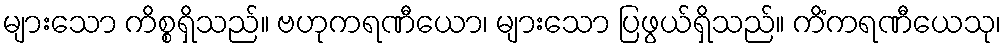
များသော ကိစ္စရှိသည်။ ဗဟုကရဏီယော၊ များသော ပြဖွယ်ရှိသည်။ ကိံကရဏီယေသု၊